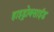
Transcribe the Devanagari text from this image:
हाइड्रोक्साईड